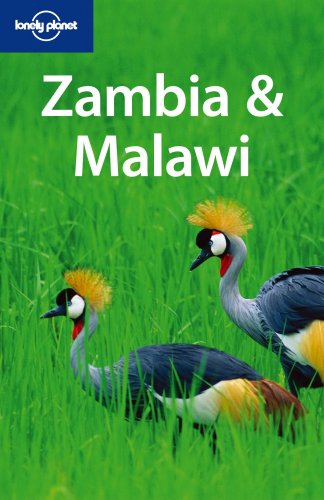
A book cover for Lonely Planet Zambia & Malawi (Multi Country Travel Guide); Alan Murphy; Travel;